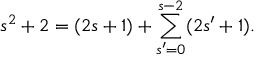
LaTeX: s ^ { 2 } + 2 = ( 2 s + 1 ) + \sum _ { s ^ { \prime } = 0 } ^ { s - 2 } ( 2 s ^ { \prime } + 1 ) .